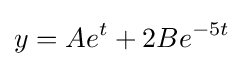
y=Ae^{t}+2Be^{-5t}